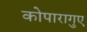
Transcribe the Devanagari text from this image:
कोपारागुए